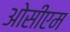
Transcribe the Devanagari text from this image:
ओसीएम